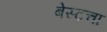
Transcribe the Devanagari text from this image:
बेस्टचा